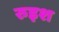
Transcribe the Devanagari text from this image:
रुइश